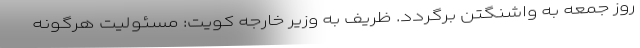
روز جمعه به واشنگتن برگردد. ظریف به وزیر خارجه کویت: مسئولیت هرگونه